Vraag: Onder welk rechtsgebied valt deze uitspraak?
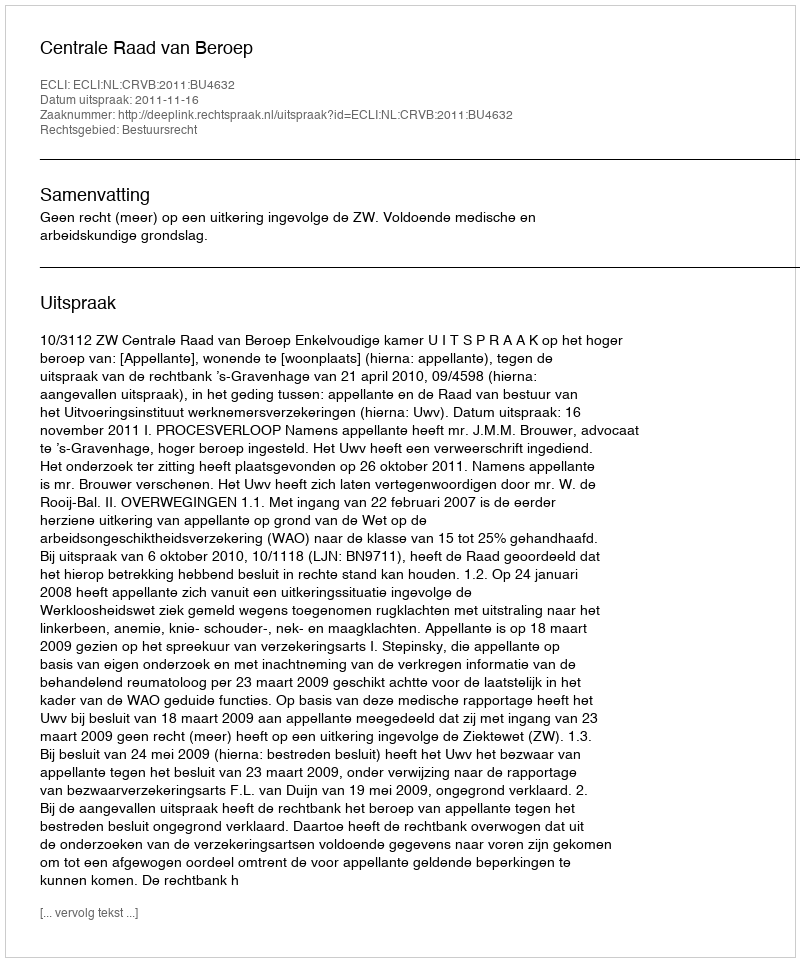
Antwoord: Bestuursrecht